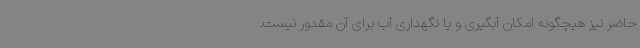
حاضر نیز هیچگونه امکان آبگیری و یا نگهداری آب برای آن مقدور نیست.